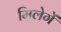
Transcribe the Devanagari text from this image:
मिलेगें